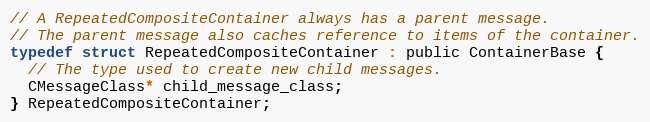
Language: C
// A RepeatedCompositeContainer always has a parent message.
// The parent message also caches reference to items of the container.
typedef struct RepeatedCompositeContainer : public ContainerBase {
  // The type used to create new child messages.
  CMessageClass* child_message_class;
} RepeatedCompositeContainer;